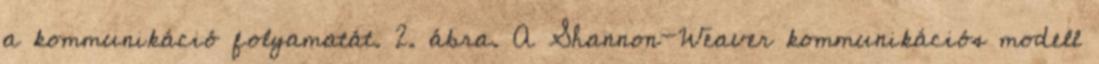
a kommunikáció folyamatát. 2. ábra. A Shannon-Weaver kommunikációs modell